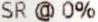
SR @ 0%